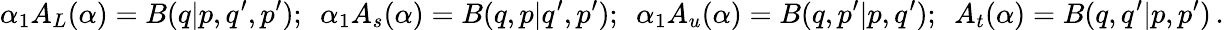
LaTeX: \alpha_{1}A_{L}(\alpha)=B(q|p,q^{\prime},p^{\prime});\ \ \alpha_{1}A_{s}(\alpha)=B(q,p|q^{\prime},p^{\prime});\ \ \alpha_{1}A_{u}(\alpha)=B(q,p^{\prime}|p,q^{\prime});\ \ A_{t}(\alpha)=B(q,q^{\prime}|p,p^{\prime})\, .